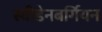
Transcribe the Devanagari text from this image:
स्वीडेनबर्गियन